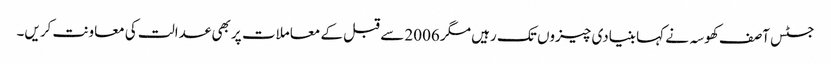
جسٹس آصف کھوسہ نے کہا بنیادی چیزوں تک رہیں مگر 2006 سے قبل کے معاملات پر بھی عدالت کی معاونت کریں۔